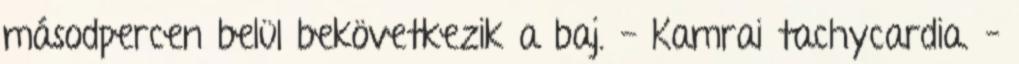
másodpercen belül bekövetkezik a baj. - Kamrai tachycardia. –